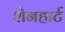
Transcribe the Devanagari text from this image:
शेनहार्ट